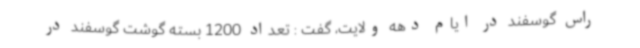
راس گوسفند در ایام دهه ولایت، گفت : تعداد 1200 بسته گوشت گوسفند در